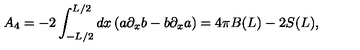
A _ { 4 } = - 2 \int _ { - L / 2 } ^ { L / 2 } d x \left( a \partial _ { x } b - b \partial _ { x } a \right) = 4 \pi B ( L ) - 2 S ( L ) ,